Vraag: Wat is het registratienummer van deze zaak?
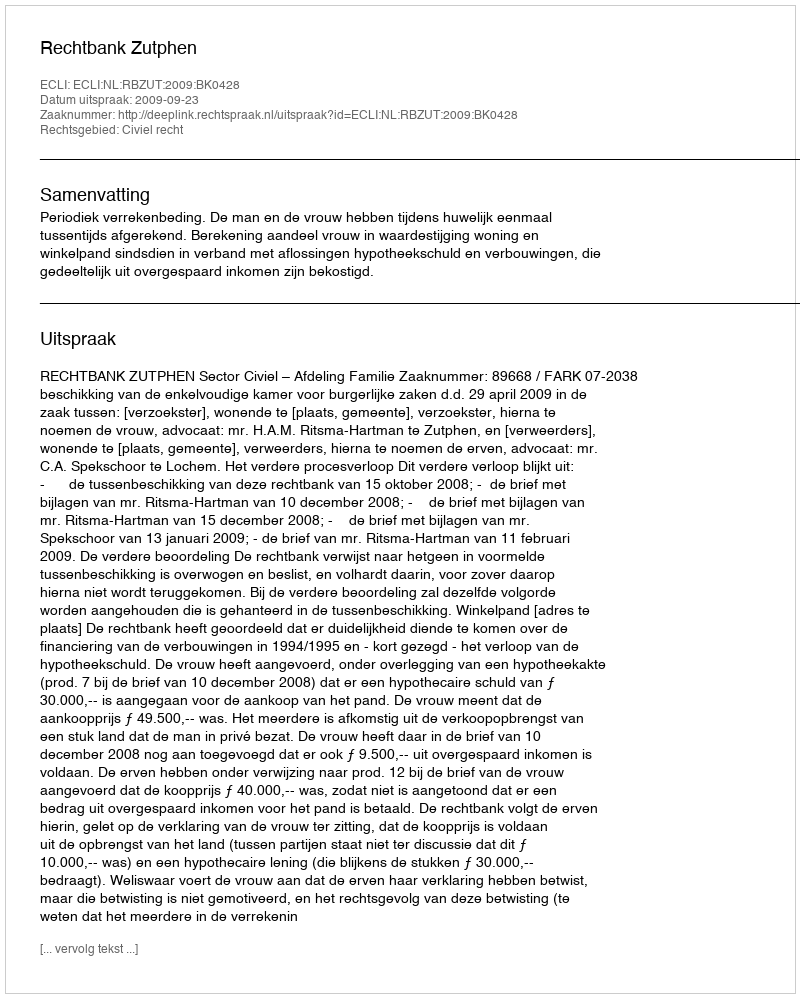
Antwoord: http://deeplink.rechtspraak.nl/uitspraak?id=ECLI:NL:RBZUT:2009:BK0428